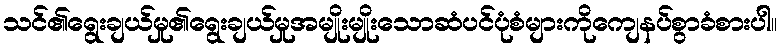
သင်၏ရွေးချယ်မှု၏ရွေးချယ်မှုအမျိုးမျိုးသောဆံပင်ပုံစံများကိုကျေနပ်စွာခံစားပါ။